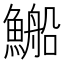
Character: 𲍀